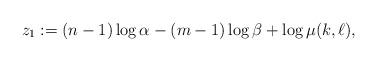
LaTeX: \begin{align*} z_1:=(n-1)\log\alpha-(m-1)\log\beta+\log \mu(k,\ell),\end{align*}